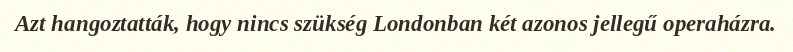
Azt hangoztatták, hogy nincs szükség Londonban két azonos jellegű operaházra.